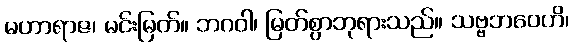
မဟာရာဇ၊ မင်းမြတ်။ ဘဂဝါ၊ မြတ်စွာဘုရားသည်။ သဗ္ဗဘဝေဟိ၊